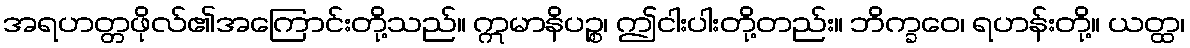
အရဟတ္တဖိုလ်၏အကြောင်းတို့သည်။ ဣမာနိပဉ္စ၊ ဤငါးပါးတို့တည်း။ ဘိက္ခဝေ၊ ရဟန်းတို့။ ယတ္ထ၊